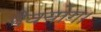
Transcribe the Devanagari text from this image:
दैवयोग।